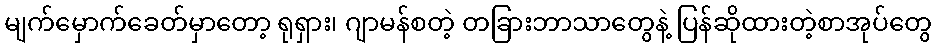
မျက်မှောက်ခေတ်မှာတော့ ရုရှား၊ ဂျာမန်စတဲ့ တခြားဘာသာတွေနဲ့ ပြန်ဆိုထားတဲ့စာအုပ်တွေ